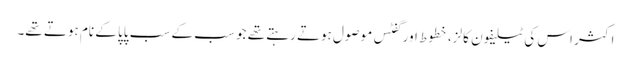
اکثر اس کی ٹیلیفون کالز، خطوط اور گفٹس موصول ہوتے رہتے تھے جو سب کے سب پاپا کے نام ہوتے تھے۔